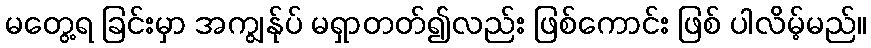
မတွေ့ရ ခြင်းမှာ အကျွန်ုပ် မရှာတတ်၍လည်း ဖြစ်ကောင်း ဖြစ် ပါလိမ့်မည်။